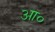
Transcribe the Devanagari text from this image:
आ०